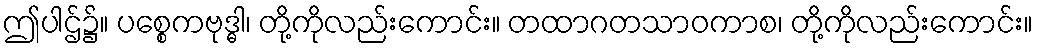
ဤပါဌ်၌။ ပစ္စေကဗုဒ္ဓါ၊ တို့ကိုလည်းကောင်း။ တထာဂတသာဝကာစ၊ တို့ကိုလည်းကောင်း။